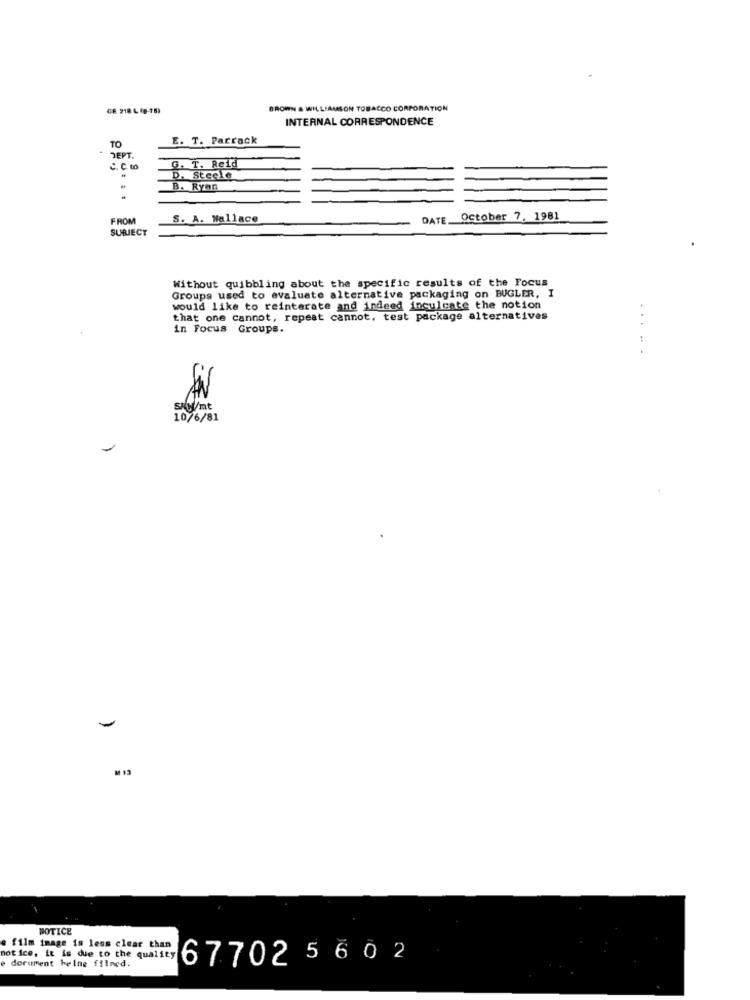
GE 218 L (g-15)
BROWN & WILLIAMSON TOBACCO CORPORATION
INTERNAL CORRESPONDENCE
TO
E. T. Parrack
DEPT.
C. C. to
G. T. Reid
D. Steele
B. Ryan
FROM
S. A. Wallace
DATE.
October 7, 1981
SURIECT
Without quibbling about the specific results of the Focus
Groups used to evaluate alternative packaging on BUGLER, I
would like to reinterate and indeed inculcate the notion
that one cannot, repeat cannot, test package alternatives
in Focus Groups.
...
spy/mt
10/6/81
M 13
NOTICE
e film image is less clear than
e dorument helne filned.
5602
not ice, it is due to the quality 6 7 702